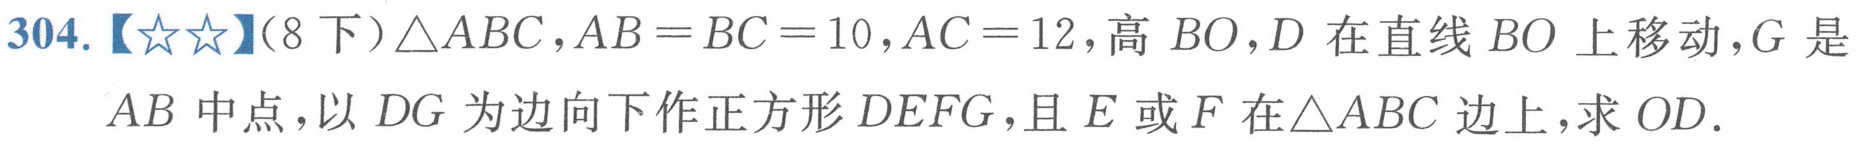
304.【★★】(8下)\(\triangle ABC\)，\(AB = BC = 10\)，\(AC = 12\)，高\(BO\)，\(D\)在直线\(BO\)上移动，\(G\)是
\(AB\)中点，以\(DG\)为边向下作正方形\(DEFG\)，且\(E\)或\(F\)在\(\triangle ABC\)边上，求\(OD\).